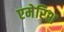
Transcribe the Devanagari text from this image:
एमेरिश